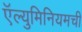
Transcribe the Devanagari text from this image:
ऍल्युमिनियमची